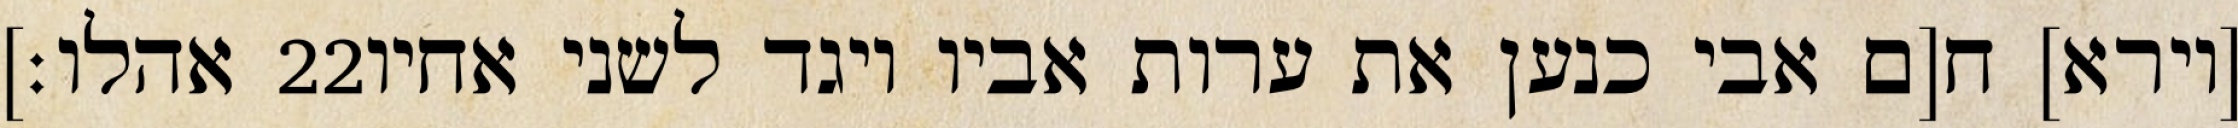
אהלו׃] ‎22‏ [וירא] ח[ם אבי כנען את ערות אביו ויגד לשני אחיו